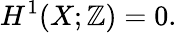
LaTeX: H^{1}(X;\mathbb{Z})=0.